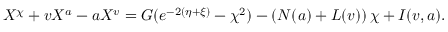
X ^ { \chi } + v X ^ { a } - a X ^ { v } = G ( e ^ { - 2 ( \eta + \xi ) } - \chi ^ { 2 } ) - \left( N ( a ) + L ( v ) \right) \chi + I ( v , a ) .